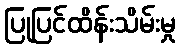
ပြုပြင်ထိန်းသိမ်းမှု